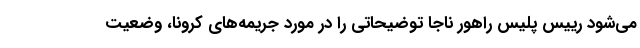
می‌شود رییس پلیس راهور ناجا توضیحاتی را در مورد جریمه‌های کرونا، وضعیت